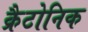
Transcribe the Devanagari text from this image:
क्रैटोनिक